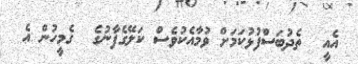
އެއީ  ތެދުބަސްފުޅުކަމަށް ވުމާއެކުވެސް ކަލޭގެފާނުގެ  ގެމީހުން އެ